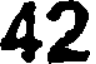
42